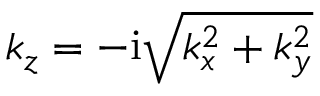
k _ { z } = - \mathrm { i } \sqrt { k _ { x } ^ { 2 } + k _ { y } ^ { 2 } }